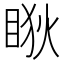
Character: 𥇃